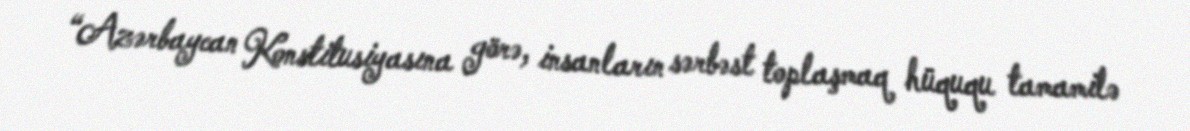
“Azərbaycan Konstitusiyasına görə, insanların sərbəst toplaşmaq hüququ tamamilə